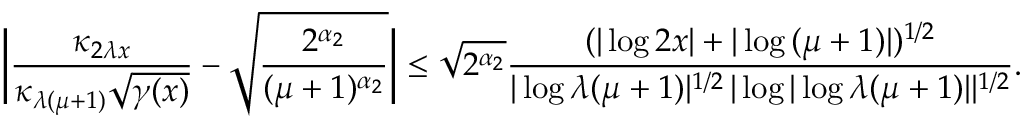
\bigg | \frac { \kappa _ { 2 \lambda x } } { \kappa _ { \lambda ( \mu + 1 ) } \sqrt { \gamma ( x ) } } - \sqrt { \frac { 2 ^ { \alpha _ { 2 } } } { ( \mu + 1 ) ^ { \alpha _ { 2 } } } } \bigg | \le \sqrt { 2 ^ { \alpha _ { 2 } } } \frac { ( | \log { 2 x } | + | \log { ( \mu + 1 ) } | ) ^ { 1 / 2 } } { | \log { \lambda ( \mu + 1 ) } | ^ { 1 / 2 } \, | \log { | \log { \lambda ( \mu + 1 ) } | } | ^ { 1 / 2 } } .